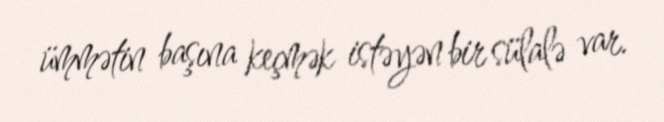
ümmətin başına keçmək istəyən bir sülalə var.